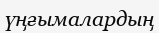
үңғымалардың